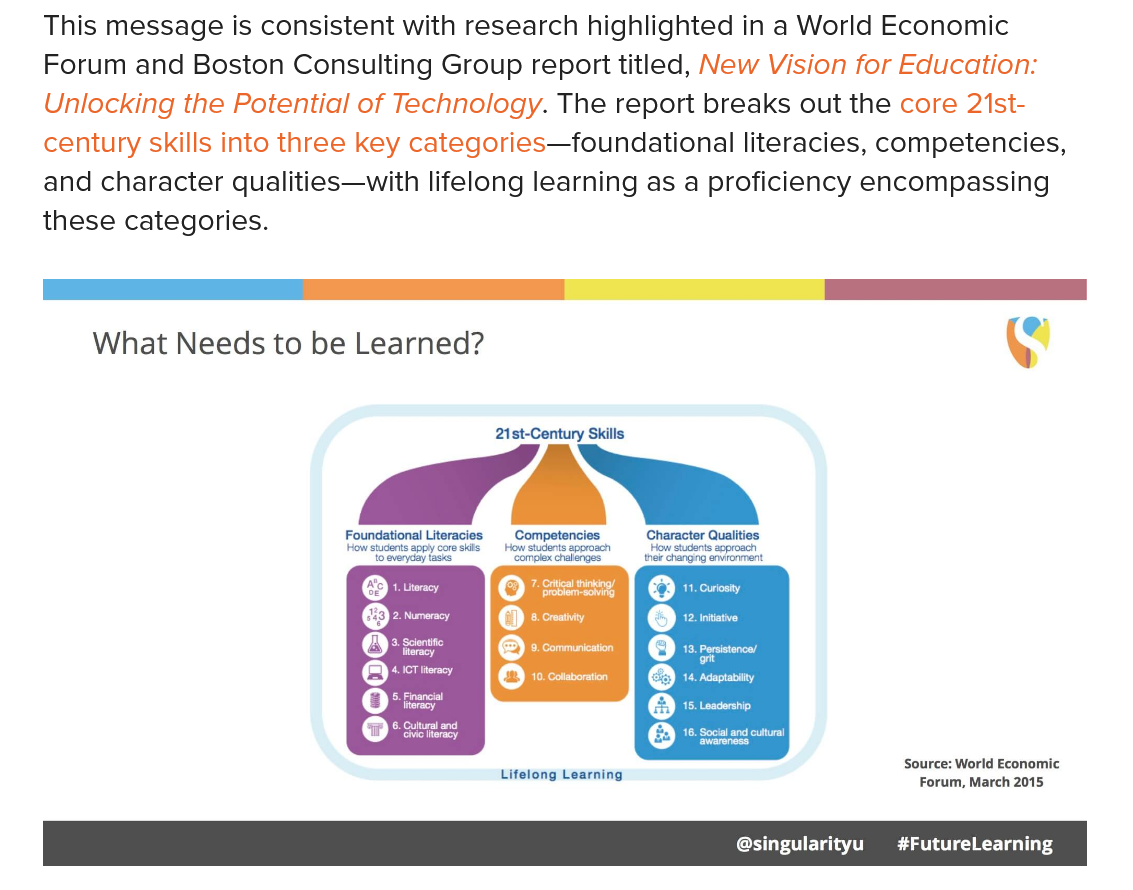
What  Needs to  be Learned?    e
     21st-Century Skills
     Foundational Literacies Competencies Character Qualities
     Howsucnisappy coeskis
     How suderisaceaach How suns proach

     Source: World Economic
     Lifelong Learning
     Forum, March 2015
    This message is consistent with research highlighted in a World Economic
    Forum and Boston Consulting Group report titled, New Vision for Education:
    Unlocking the Potential of Technology. The report breaks out the core 21st-
    century skills into three key categories—foundational literacies, competencies,
    and character qualities—with lifelong learning as a proficiency encompassing
    these categories.